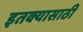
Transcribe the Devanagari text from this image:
इतक्यासाठी